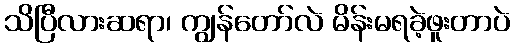
သိပြီလားဆရာ၊ ကျွန်တော်လဲ မိန်းမရခဲ့ဖူးတာပဲ